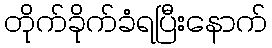
တိုက်ခိုက်ခံရပြီးနောက်